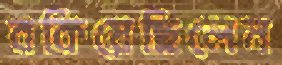
বকিয়েছিলেন